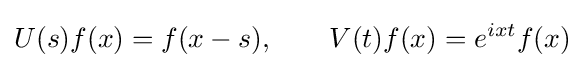
U(s)f(x)=f(x-s),\qquad V(t)f(x)=e^{ixt}f(x)